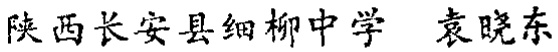
陕西长安县细柳中学 袁晓东